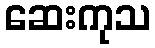
ဆေးကုသ